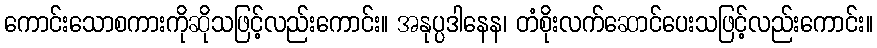
ကောင်းသောစကားကိုဆိုသဖြင့်လည်းကောင်း။ အနုပ္ပဒါနေန၊ တံစိုးလက်ဆောင်ပေးသဖြင့်လည်းကောင်း။